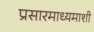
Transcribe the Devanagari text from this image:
प्रसारमाध्यमाशी